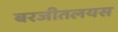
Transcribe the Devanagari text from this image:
बरजीतलयस